Indian journal of veterinary science and animal husbandry - Volume 5,
Year: 1935
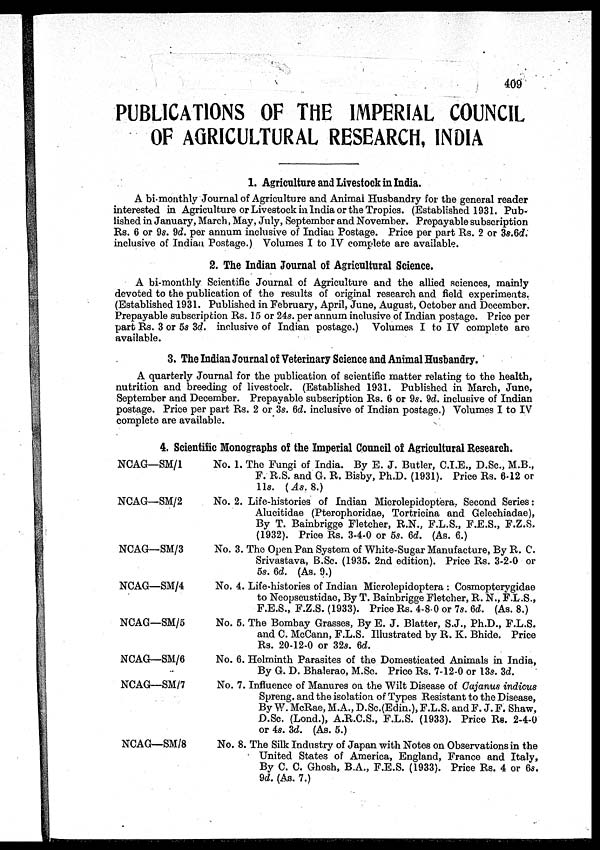
409
PUBLICATIONS OF THE IMPERIAL COUNCIL
OF AGRICULTURAL RESEARCH, INDIA
1. Agriculture and Livestock in India.
A bi-monthly Journal of Agriculture and Animal Husbandry for the general reader
interested in Agriculture or Livestock in India or the Tropics. (Established 1931. Pub-
lished in January, March, May, July, September and November. Prepayable subscription
Rs. 6 or 9s. 9d. per annum inclusive of Indian Postage. Price per part Rs. 2 or 3s.6d.
inclusive of Indian Postage.) Volumes I to IV complete are available.
2. The Indian Journal of Agricultural Science.
A bi-monthly Scientific Journal of Agriculture and the allied sciences, mainly
devoted to the publication of the results of original research and field experiments.
(Established 1931. Published in February, April, June, August, October and December.
Prepayable subscription Rs. 15 or 24s. per annum inclusive of Indian postage. Price per
part Rs. 3 or 5s 3d. inclusive of Indian postage.) Volumes I to IV complete are
available.
3. The Indian Journal of Veterinary Science and Animal Husbandry.
A quarterly Journal for the publication of scientific matter relating to the health,
nutrition and breeding of livestock. (Established 1931. Published in March, June,
September and December. Prepayable subscription Rs. 6 or 9s. 9d. inclusive of Indian
postage. Price per part Rs. 2 or 3s. 6d. inclusive of Indian postage.) Volumes I to IV
complete are available.
4. Scientific Monographs of the Imperial Council of Agricultural Research.
NCAG—SM/1
NCAG—SM/2
NCAG—SM/3
NCAG—SM/4
NCAG—SM/5
NCAG—SM/6
NCAG—SM/7
NCAG—SM/8
No. 1.
No. 2.
No. 3.
No. 4.
No. 5.
No. 6.
No. 7.
No. 8.
The Fungi of India. By E. J. Butler, C.I.E., D.Sc., M.B.,
F. R. S. and G. R. Bisby, Ph.D. (1931). Price Rs. 6-12 or
11s. (As. 8.)
Life-histories of Indian Microlepidoptera, Second Series :
Alucitidae (Pterophoridae, Tortricina and Gelechiadae),
By T. Bainbrigge Fletcher, R.N., F.L.S., F.E.S., F.Z.S.
(1932). Price Rs. 3-4-0 or 5s. 6d. (As. 6.)
The Open Pan System of White-Sugar Manufacture, By R. C.
Srivastava, B.Sc. (1935. 2nd edition). Price Rs. 3-2-0 or
5s. 6d. (As. 9.)
Life-histories of Indian Microlepidoptera : Cosmopterygidae
to Neopseustidae, By T. Bainbrigge Fletcher, R. N., F.L.S.,
F.E.S., F.Z.S. (1933). Price Rs. 4-8.0 or 7s. 6d. (As. 8.)
The Bombay Grasses, By E. J. Blatter, S.J., Ph.D., F.L.S.
and C. McCann, F.L.S. Illustrated by R. K. Bhide. Price
Rs. 20-12-0 or 32s. 6d.
Helminth Parasites of the Domesticated Animals in India,
By G. D. Bhalerao, M.Sc. Price Rs. 7-12-0 or 13s. 3d.
Influence of Manures on the Wilt Disease of Cajanus indicus
Spreng. and the isolation of Types Resistant to the Disease,
By W. McRae, M.A., D.Sc.(Edin.), F.L.S. and F. J. F. Shaw,
D.Sc. (Lond.), A.R.C.S., F.L.S. (1933). Price Rs. 2-4-0
or 4s. 3d. (As. 5.)
The Silk Industry of Japan with Notes on Observations in the
United States of America, England, France and Italy,
By C. C. Ghosh, B.A., F.E.S. (1933). Price Rs. 4 or 6s.
9d. (As. 7.)